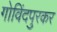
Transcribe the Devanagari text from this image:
गोविंदपुरकर